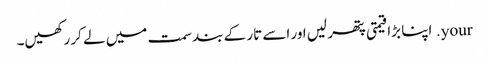
your. اپنا بڑا قیمتی پتھر لیں اور اسے تار کے بند سمت میں لے کر رکھیں۔